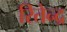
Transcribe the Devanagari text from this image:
रितेन्द्र